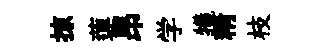
掠蓮昂学犧精枝